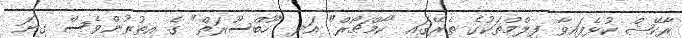
ރާކޭޝް ކުޅެފައިވާ ފިލްމްތަކުގެ ތެރޭގައި "ކާމްޗޯރް" އަދި "ހޫބްސޫރަތް" ގެ އިތުރުންވެސް ގިނަ